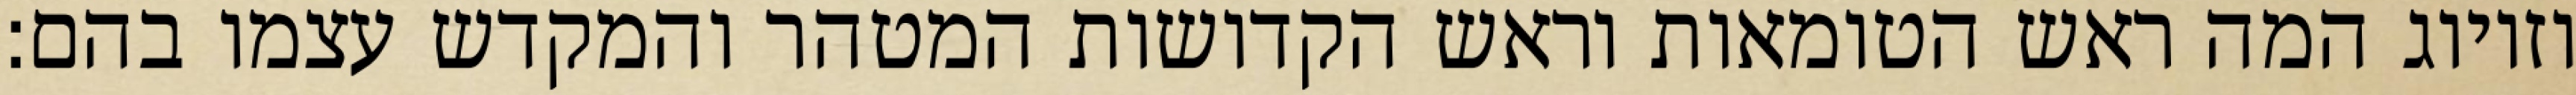
וזיווג המה ראש הטומאות וראש הקדושות המטהר והמקדש עצמו בהם: